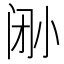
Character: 𫴼